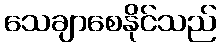
သေချာစေနိုင်သည်